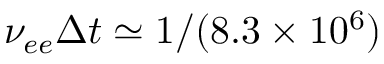
\nu _ { e e } \Delta t \simeq 1 / ( 8 . 3 \times 1 0 ^ { 6 } )